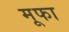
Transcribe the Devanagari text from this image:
मूफा